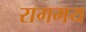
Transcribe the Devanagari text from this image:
रागमय